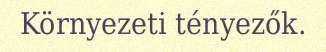
Környezeti tényezők.